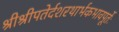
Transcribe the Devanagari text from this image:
श्रीश्रीपतेर्दशरथार्भकभावपूर्तेः